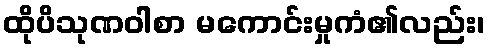
ထိုပိသုဏဝါစာ မကောင်းမှုကံ၏လည်း၊